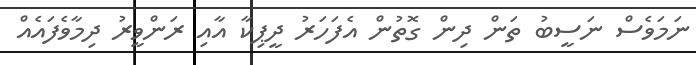
ނަމަވެސް ނަސީބު ތަން ދިން ގޮތުން އެފަހަރު ދީޕިކާ އާއި ރަންވީރު ދިމާވެފައެއް